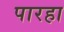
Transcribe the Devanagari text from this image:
पारहा